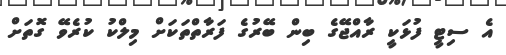
އެ ސިޓީ ފުޅަކީ ރާއްޖޭގެ ބިން ބޭރުގެ ފަރާތްތަކަށް މިލްކު ކުރެވޭ ގޮތަށް